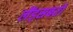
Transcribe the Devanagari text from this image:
लैंड्सबरो